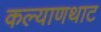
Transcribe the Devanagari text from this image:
कल्याणथाट